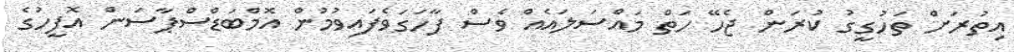
އިތުރަށް ތަހުގީގު ކުރަން ޖެހޭ ހަތް މައްސަލައެއް ވެސް ފާހަގަވެފައިވުމުން އޮމްބަޑްސްޕާސަން އޮފީހުގެ